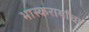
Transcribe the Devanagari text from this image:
भास्करार्यांचा